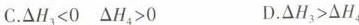
C.$$△ H _ { 3 } < 0 △ H _ { 4 } > 0$$ D.$$△ H _ { 3 } > △ H _ { 4 }$$